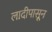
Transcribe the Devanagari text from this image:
लादीपासून